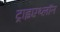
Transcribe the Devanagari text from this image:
ट्राइएथ्लॉन